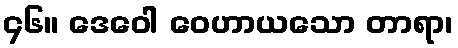
၄၆။ ဒေဝေါ ဝေဟာယသော တာရာ၊